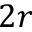
2 r